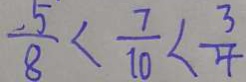
\frac { - 5 } { 8 } < \frac { 7 } { 1 0 } < \frac { 3 } { 4 }